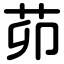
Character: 茆